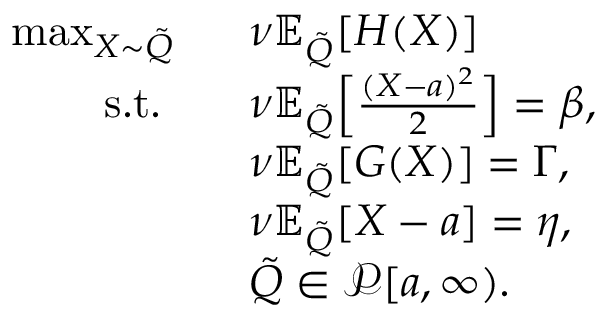
\begin{array} { r l } { \operatorname* { m a x } _ { X \sim \tilde { Q } } \ \ } & { \nu \mathbb { E } _ { \tilde { Q } } [ H ( X ) ] } \\ { \mathrm { ~ s . t . ~ } \ \ } & { \nu \mathbb { E } _ { \tilde { Q } } \Big [ \frac { ( X - a ) ^ { 2 } } { 2 } \Big ] = \beta , } \\ & { \nu \mathbb { E } _ { \tilde { Q } } [ G ( X ) ] = \Gamma , } \\ & { \nu \mathbb { E } _ { \tilde { Q } } [ X - a ] = \eta , } \\ & { { \tilde { Q } } \in \mathscr { P } [ a , \infty ) . } \end{array}